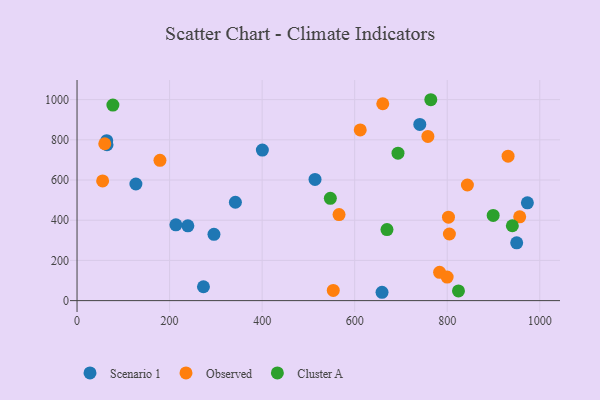
{"axis": {"x": "Price", "y": "Yield"}, "legend": ["Cluster A", "Observed", "Scenario 1"], "data": [{"x": "659.1", "y": 41.5, "type": "Scenario 1"}, {"x": "514.3", "y": 602.9, "type": "Scenario 1"}, {"x": "400.5", "y": 749.2, "type": "Scenario 1"}, {"x": "239.5", "y": 372.1, "type": "Scenario 1"}, {"x": "273.2", "y": 69.0, "type": "Scenario 1"}, {"x": "950.1", "y": 287.6, "type": "Scenario 1"}, {"x": "973.2", "y": 486.5, "type": "Scenario 1"}, {"x": "213.6", "y": 376.9, "type": "Scenario 1"}, {"x": "127.2", "y": 580.3, "type": "Scenario 1"}, {"x": "64.8", "y": 775.6, "type": "Scenario 1"}, {"x": "740.7", "y": 876.5, "type": "Scenario 1"}, {"x": "342.2", "y": 489.5, "type": "Scenario 1"}, {"x": "64.1", "y": 795.9, "type": "Scenario 1"}, {"x": "295.9", "y": 329.7, "type": "Scenario 1"}, {"x": "612.0", "y": 849.3, "type": "Observed"}, {"x": "783.5", "y": 140.7, "type": "Observed"}, {"x": "758.2", "y": 817.1, "type": "Observed"}, {"x": "956.6", "y": 417.0, "type": "Observed"}, {"x": "59.9", "y": 780.5, "type": "Observed"}, {"x": "931.5", "y": 718.5, "type": "Observed"}, {"x": "55.3", "y": 595.6, "type": "Observed"}, {"x": "802.7", "y": 415.2, "type": "Observed"}, {"x": "799.8", "y": 116.9, "type": "Observed"}, {"x": "179.2", "y": 697.9, "type": "Observed"}, {"x": "843.6", "y": 575.2, "type": "Observed"}, {"x": "804.7", "y": 331.5, "type": "Observed"}, {"x": "566.2", "y": 428.3, "type": "Observed"}, {"x": "553.7", "y": 50.5, "type": "Observed"}, {"x": "660.7", "y": 979.5, "type": "Observed"}, {"x": "824.3", "y": 48.3, "type": "Cluster A"}, {"x": "547.4", "y": 509.1, "type": "Cluster A"}, {"x": "899.3", "y": 423.8, "type": "Cluster A"}, {"x": "77.5", "y": 973.2, "type": "Cluster A"}, {"x": "669.8", "y": 353.6, "type": "Cluster A"}, {"x": "940.7", "y": 372.6, "type": "Cluster A"}, {"x": "693.6", "y": 733.6, "type": "Cluster A"}, {"x": "764.5", "y": 999.6, "type": "Cluster A"}]}